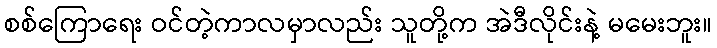
စစ်ကြောရေး ဝင်တဲ့ကာလမှာလည်း သူတို့က အဲဒီလိုင်းနဲ့ မမေးဘူး။